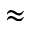
\approx